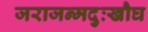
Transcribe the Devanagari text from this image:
जराजन्मदुःखौघ